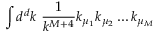
\int d ^ { d } k \ \frac { 1 } { k ^ { M + 4 } } k _ { \mu _ { 1 } } k _ { \mu _ { 2 } } \ldots k _ { \mu _ { M } }